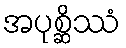
အပုစ္ဆိဿံ